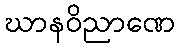
ဃာနဝိညာဏေ